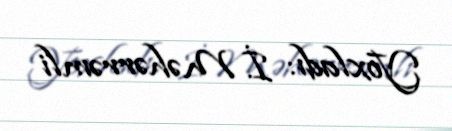
Yoxladı: İ. Məhərrəmli